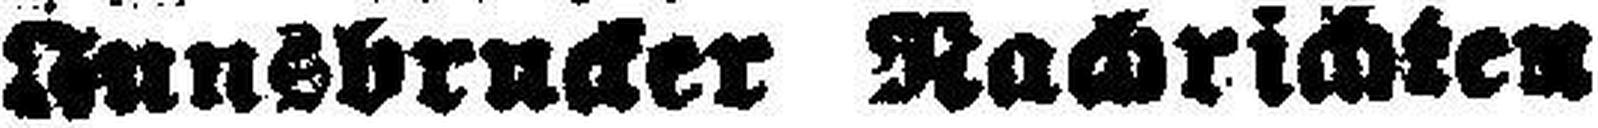
Innsbrucker Nachrichten